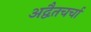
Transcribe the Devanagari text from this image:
अद्वैतचर्चा